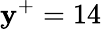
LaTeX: \mathbf{y}^{+}=14